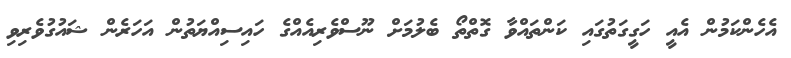
އެހެންކަމުން އެއީ ހަގީގަތުގައި ކަންތައްވާ ގޮތްތޯ ބެލުމަށް ނޫސްވެރިއެއްގެ ހައިސިއްޔަތުން އަހަރެން ޝައުގުވެރިވި